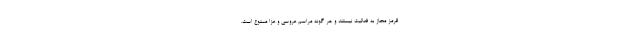
قرمز مجاز به فعالیت نیستند و هر گونه مراسم عروسی و عزا ممنوع است.